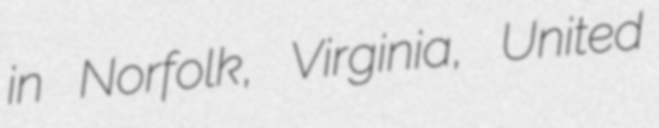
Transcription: in Norfolk, Virginia, United